Annual administration and progress report of the Indian Medical Department, Bombay
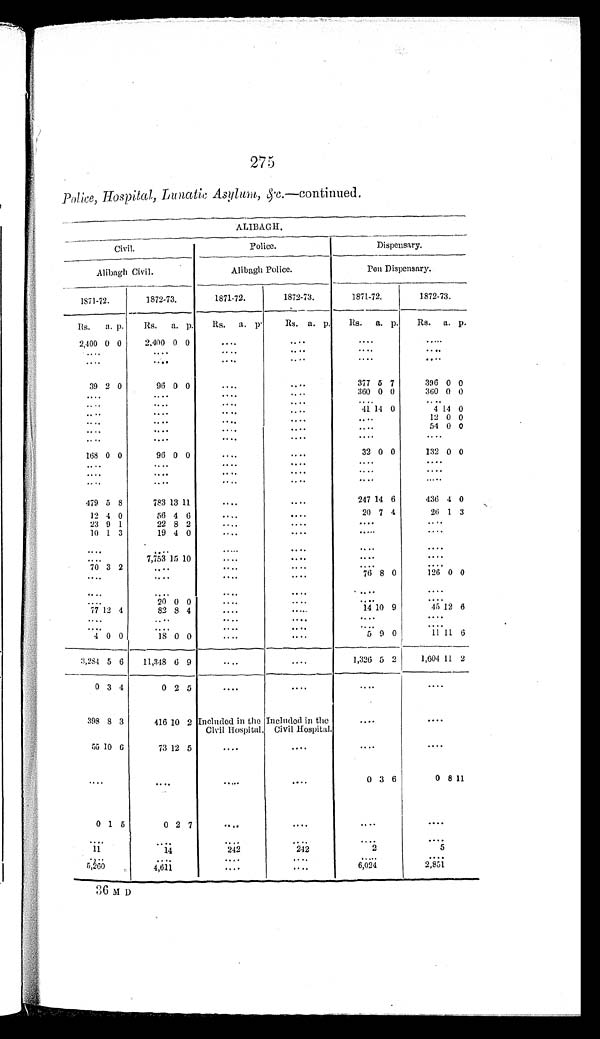
275
Police, Hospital, Lunatic Asylum, &c.— continued.
ALIBAGH.
Civil.
Police.
Dispensary.
Alibagh Civil.
Alibagh Police.
Pen Dispensary.
1871-72.
1872-73.
1871-72.
1872-73.
1871-72.
1872-73.
Rs.
a. p.
Rs.
a. p.
Rs.
a. p.
Rs. a. p.
R s . a. p.
Rs.
a. p.
2,400 0 0
2,400 0 0
....
....
....
.... ....
. . . .
. . . .
. . . .
. . . .
. . . .
. . . .
.... .... .... ....
39 2 0
96 0 0
.... ....
377 5 7
396 0
0
. . . .
. . . .
. . . .
. . . .
360 0 0
360 0 0
.... .... .... .... .... .... ....
. . . .
. . . .
. . . .
4 1 14 0
4 14 0
.... .... .... .... ....
12 0 0
. . . .
. . . .
. . . .
. . . .
. . . .
54 0 0
. . . .
. . . .
. . . .
. . . .
. . . .
. . . .
168 0 0
96 0 0
. . . .
. . . .
32 0 0
132 0 0
. . . .
. . . .
. . . .
. . . .
. . . .
. . . .
. . . .
. . . .
. . . .
. . . .
. . . .
. . . .
. . . .
. . . .
. . . .
. . . .
. . . .
. . .
479 5 8
783 13 11
....
....
247 14 6
436 4 0
12 4 0
56 4 6
.... ....
20 7 4
26 1 3
23 9 1
22 8 2
.... .... .... ....
10 1 3
19 4 0
. . . .
....
.... .... .... .... .... .... .... .... ....
7,753 15 10
.... .... .... ....
70 3 2
....
. . . .
. . . .
. . . .
. . .
. . . .
. . . .
. . . .
....
76 8
0
1 2 60
0
....
. . . .
. . . .
.
. ..
. . . .
. . . . .
. . . .
20 0 0
. . . .
. . . .
. . . .
. . . .
77 12 4
82 8 4
. . . .
....
14 10 9
4 512
6
. . . .
. . . .
. . . .
. . . .
. . . .
. . . .
. . . .
. . . .
. . . .
. . . .
. . . .
. . . .
4 0 0
18 0 0
. . . .
....
5 9 0
1 1
11
6
3,284 5 6
11,348 6 9
. . . .
....
1,326 5 2
1,604 11 2
0 3 4
0 2 5
....
. . . .
. . . .
. . . .
398 8 3
416 10 2 Included in the
Civil Hospital.
Included in the
Civil Hospital.
. . . .
. . . .
55 10
6
73 12 5
....
. . . .
. . . .
. . . .
....
....
. . . .
....
0 3 6
0 8 11
0 1 5
0 2 7
. . . .
. . . .
. . . .
. . . .
. . . .
. . . .
. . . .
. . . .
. . . .
. . . .
11
14
242
242
2
5
. . . .
. . . .
. . . .
....
. . . .
. . . .
5 , 2 6 0
4,611
. . . .
. . . .
6 , 0 2 4
2 , 8 5 1
36 M D